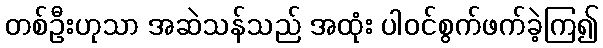
တစ်ဦးဟုသာ အဆဲသန်သည် အထုံး ပါဝင်စွက်ဖက်ခဲ့ကြ၍